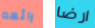
رائعه ارضا